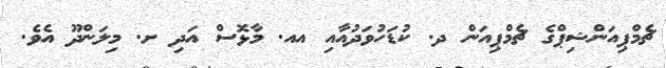
ޗެމްޕިއަންޝިޕްގެ ޗެމްޕިއަން ދ. ކުޑަހުވަދުއާއި އއ. މާޅޮސް އަދި ށ. މިލަންދޫ އެވެ.